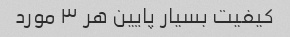
کیفیت بسیار پایین هر ٣ مورد